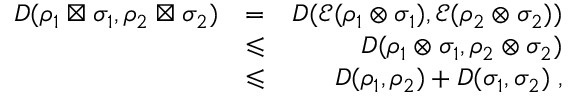
\begin{array} { r l r } { D ( \rho _ { 1 } \boxtimes \sigma _ { 1 } , \rho _ { 2 } \boxtimes \sigma _ { 2 } ) } & { = } & { D ( \mathcal { E } ( \rho _ { 1 } \otimes \sigma _ { 1 } ) , \mathcal { E } ( \rho _ { 2 } \otimes \sigma _ { 2 } ) ) } \\ & { \leqslant } & { D ( \rho _ { 1 } \otimes \sigma _ { 1 } , \rho _ { 2 } \otimes \sigma _ { 2 } ) } \\ & { \leqslant } & { D ( \rho _ { 1 } , \rho _ { 2 } ) + D ( \sigma _ { 1 } , \sigma _ { 2 } ) \; , } \end{array}